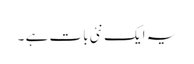
یہ ایک نئی بات ہے ۔